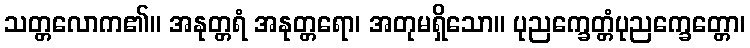
သတ္တလောက၏။ အနုတ္တရံ အနုတ္တရော၊ အတုမရှိသော။ ပုညက္ခေတ္တံပုညက္ခေတ္တော၊